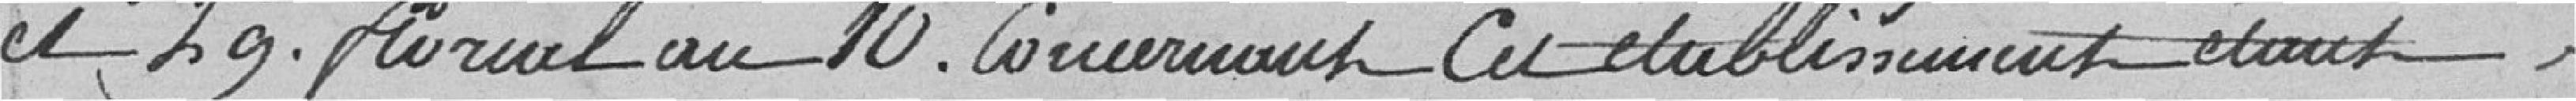
et 29. floréal an 10 . Concernant Cet établissement étant